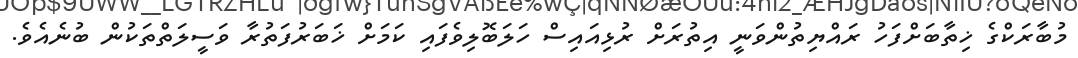
މުބާރަކްގެ ޚިތާބަށްފަހު ރައްޔިތުންވަނީ އިތުރަށް ރުޅިއައިސް ހަލަބޮލިވެފައި ކަމަށް ޚަބަރުފަތުރާ ވަސީލަތްތަކުން ބުނެއެވެ.